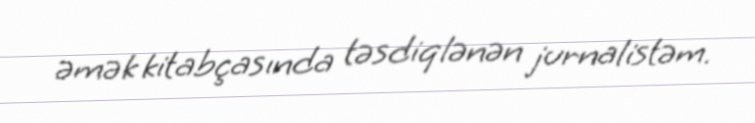
əmək kitabçasında təsdiqlənən jurnalistəm.